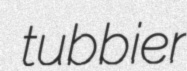
tubbier